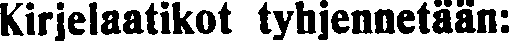
Kirjelaatikot tyhjennetään: